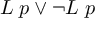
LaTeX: L \; p \lor \lnot L \; p